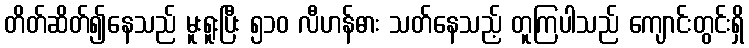
တိတ်ဆိတ်၍နေသည် မူးရူးပြီး ၅၁၀ လီဟန်ဓား သတ်နေသည့် တူကြပါသည် ကျောင်းတွင်းရှိ